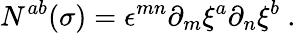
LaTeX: N^{ab}(\sigma)=\epsilon^{mn}\partial_{m}\xi^{a}\partial_{n}\xi^{b}\ .